Indian Medical Review
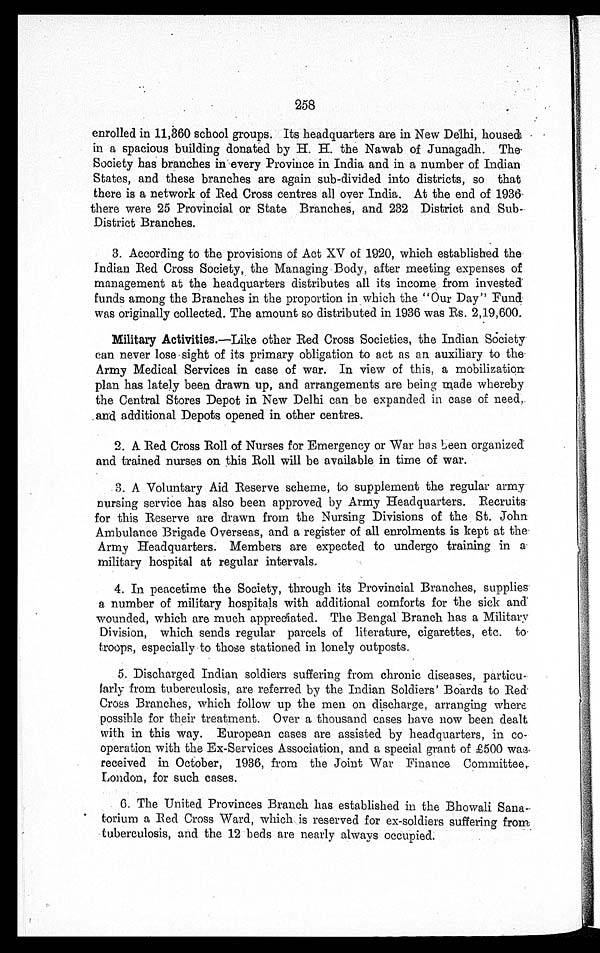
258
enrolled in 11,360 school groups. Its headquarters are in New Delhi, house
d
in a spacious building donated by H. H. the Nawab of Junagadh. The
Society has branches in every Province in India and in a number of Indian
States, and these branches are again sub-divided into districts, so that
there is a network of Red Cross centres all over India. At the end of 1936
there were 25 Provincial or State Branches, and 232 District and Sub
-
District Branches.
3. According to the provisions of Act XV of 1920, which established the
Indian Red Cross Society, the Managing Body, after meeting expenses of
management at the headquarters distributes all its income from invested
funds among the Branches in the proportion in which the "Our Day" Fund
was originally collected. The amount so distributed in 1936 was Rs. 2,19,600.
Military Activities. —Like other Red Cross Societies, the Indian Society
can never lose sight of its primary obligation to act as an auxiliary to the
Army Medical Services in case of war. In view of this, a mobilization
plan has lately been drawn up, and arrangements are being made whereby
the Central Stores Depot in New Delhi can be expanded in case of need,
and additional Depots opened in other centres.
2. A Red Cross Roll of Nurses for Emergency or War has been organized
and trained nurses on this Roll will be available in time of war.
3. A Voluntary Aid Reserve scheme, to supplement the regular army
nursing service has also been approved by Army Headquarters. Recruits
for this Reserve are drawn from the Nursing Divisions of the St. John
Ambulance Brigade Overseas, and a register of all enrolments is kept at the
Army Headquarters. Members are expected to undergo training in a
military hospital at regular intervals.
4. In peacetime the Society, through its Provincial Branches, supplies
a number of military hospitals with additional comforts for the sick and
wounded, which are much appreciated. The Bengal Branch has a Military
Division, which sends regular parcels of literature, cigarettes, etc. to
troops, especially to those stationed in lonely outposts.
5. Discharged Indian soldiers suffering from chronic diseases, particu
-
larly from tuberculosis, are referred by the Indian Soldiers' Boards to Red
Cross Branches, which follow up the men on discharge, arranging where
possible for their treatment. Over a thousand cases have now been dealt
with in this way. European cases are assisted by headquarters, in co
-
operation with the Ex-Services Association, and a special grant of £500 wa
s
received in October, 1936, from the Joint War Finance Committee,
London, for such cases.
6. The United Provinces Branch has established in the Bhowali Sane
-
torium a Red Cross Ward, which is reserved for ex-soldiers suffering from
tuberculosis, and the 12 beds are nearly always occupied.